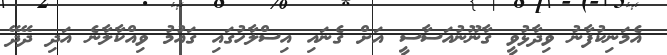
އެމަނިކުފާނު ވިދާޅުވީ ގާނޫނުއަސާސީ އަށް ގެނައި އިސްލާހުގައި ގައުމު ވިއްކާލާނެ އަދި ދޭދޭ